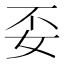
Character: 𮰼